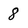
Character: 8